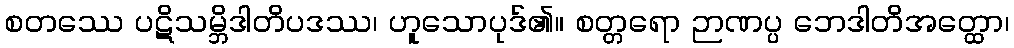
စတဿေ ပဋိသမ္ဘိဒါတိပဒဿ၊ ဟူသောပုဒ်၏။ စတ္တရော ဉာဏပ္ပ ဘေဒါတိအတ္ထော၊